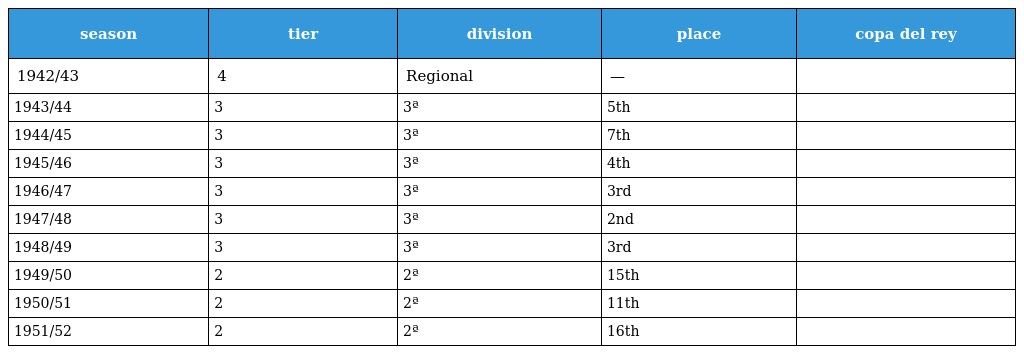
| season | tier | division | place | copa del rey |
 | --- | --- | --- | --- | --- |
 | 1942/43 | 4 | Regional | — |  |
 | 1943/44 | 3 | 3ª | 5th |  |
 | 1944/45 | 3 | 3ª | 7th |  |
 | 1945/46 | 3 | 3ª | 4th |  |
 | 1946/47 | 3 | 3ª | 3rd |  |
 | 1947/48 | 3 | 3ª | 2nd |  |
 | 1948/49 | 3 | 3ª | 3rd |  |
 | 1949/50 | 2 | 2ª | 15th |  |
 | 1950/51 | 2 | 2ª | 11th |  |
 | 1951/52 | 2 | 2ª | 16th |  |